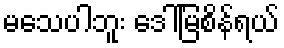
မသေပါဘူး ဒေါ်မြစိန်ရယ်